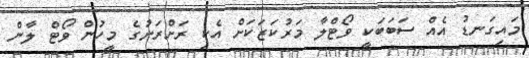
މައިގަނޑު އެއް ސަބަބަކީ ވޯޓްލާ މަރުކަޒަކަށް އެކި ރަށްރަށުގެ މީހުން ވޯޓް ލާން